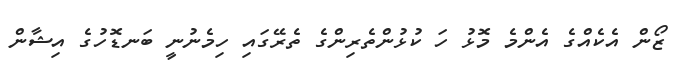
ޒޯން އެކެއްގެ އެންމެ މޮޅު ހަ ކުޅުންތެރިންގެ ތެރޭގައި ހިމެނުނީ ބަނޑޮހުގެ އިޝާން